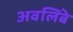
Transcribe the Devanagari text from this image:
अवलिंबे